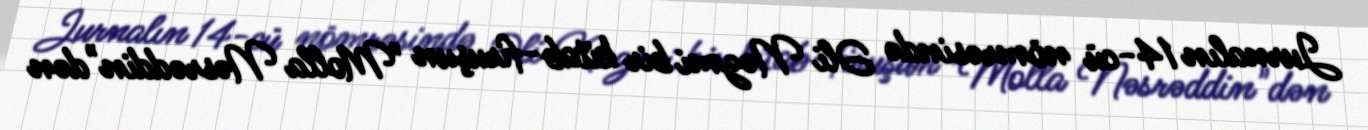
Jurnalın 14-cü nömrəsində Əli Nəzmi bir kitab-firuşun "Molla Nəsrəddin"dən